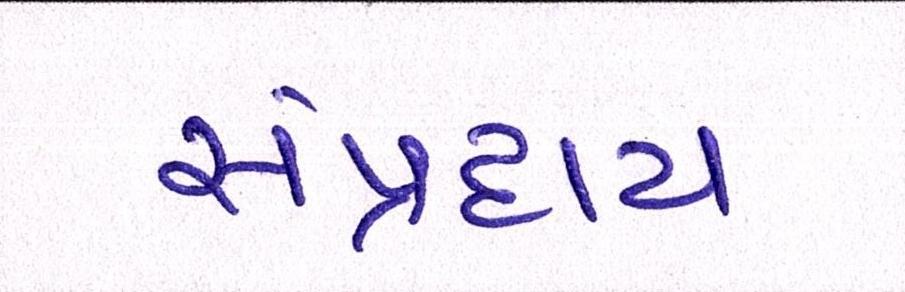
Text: સંપ્રદાય